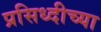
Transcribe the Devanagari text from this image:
प्रसिध्दीच्या